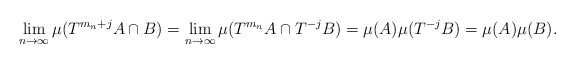
\begin{align*}\lim_{n\to \infty} \mu ( T^{m_n + j}A\cap B ) = \lim_{n\to \infty} \mu ( T^{m_n}A\cap T^{-j}B ) = \mu ( A ) \mu ( T^{-j} B ) = \mu ( A ) \mu ( B ) .\end{align*}